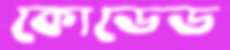
কোডেড